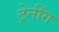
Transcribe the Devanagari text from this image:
ट्रेनींग